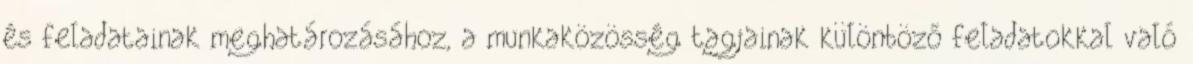
és feladatainak meghatározásához, a munkaközösség tagjainak különböző feladatokkal való